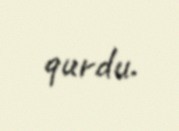
qurdu.